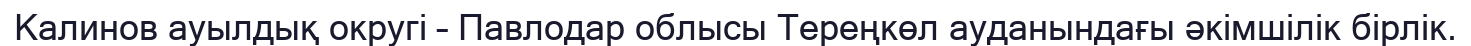
Калинов ауылдық округі – Павлодар облысы Тереңкөл ауданындағы әкімшілік бірлік.